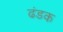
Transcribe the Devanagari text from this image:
ढंडक